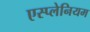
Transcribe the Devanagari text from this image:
एस्प्लेनियम